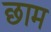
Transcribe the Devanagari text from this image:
छाम